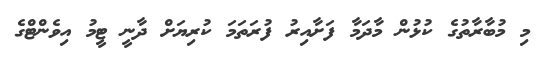
މި މުބާރާތުގެ ކުޅުން މާދަމާ ފަށާއިރު ފުރަތަމަ ކުރިޔަށް ދާނީ ޓީމު އިވެންޓްގެ